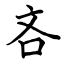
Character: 吝